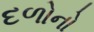
દળોનો